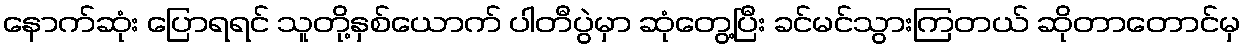
နောက်ဆုံး ပြောရရင် သူတို့နှစ်ယောက် ပါတီပွဲမှာ ဆုံတွေ့ပြီး ခင်မင်သွားကြတယ် ဆိုတာတောင်မှ